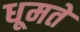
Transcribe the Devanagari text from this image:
धूमते